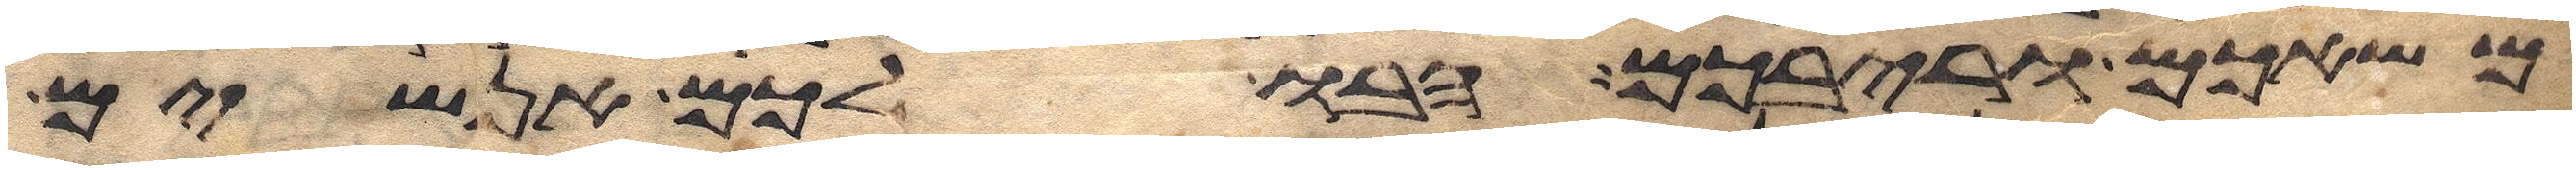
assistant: משאכם וריבכם הבו לכם אנשים